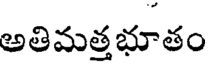
అతిమత్తభూతం